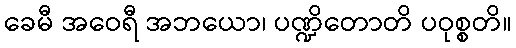
ခေမီ အဝေရီ အဘယော၊ ပဏ္ဍိတောတိ ပဝုစ္စတိ။